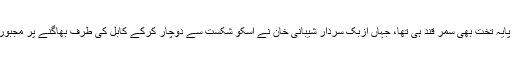
بابر کا پایہ تخت بھی سمر قند ہی تھا، جہاں ازبک سردار شیبانی خان نے اسکو شکست سے دوچار کرکے کابل کی طرف بھاگنے پر مجبور کردِیا۔